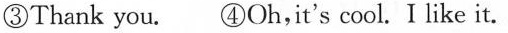
③Thank you. ④Oh,it's cool. I like it.